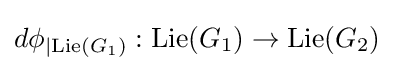
d\phi _{\mid \mathrm {Lie} (G_{1})}:\mathrm {Lie} (G_{1})\to \mathrm {Lie} (G_{2})